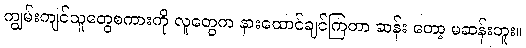
ကျွမ်းကျင်သူတွေစကားကို လူတွေက နားထောင်ချင်ကြတာ ဆန်း တော့ မဆန်းဘူး။